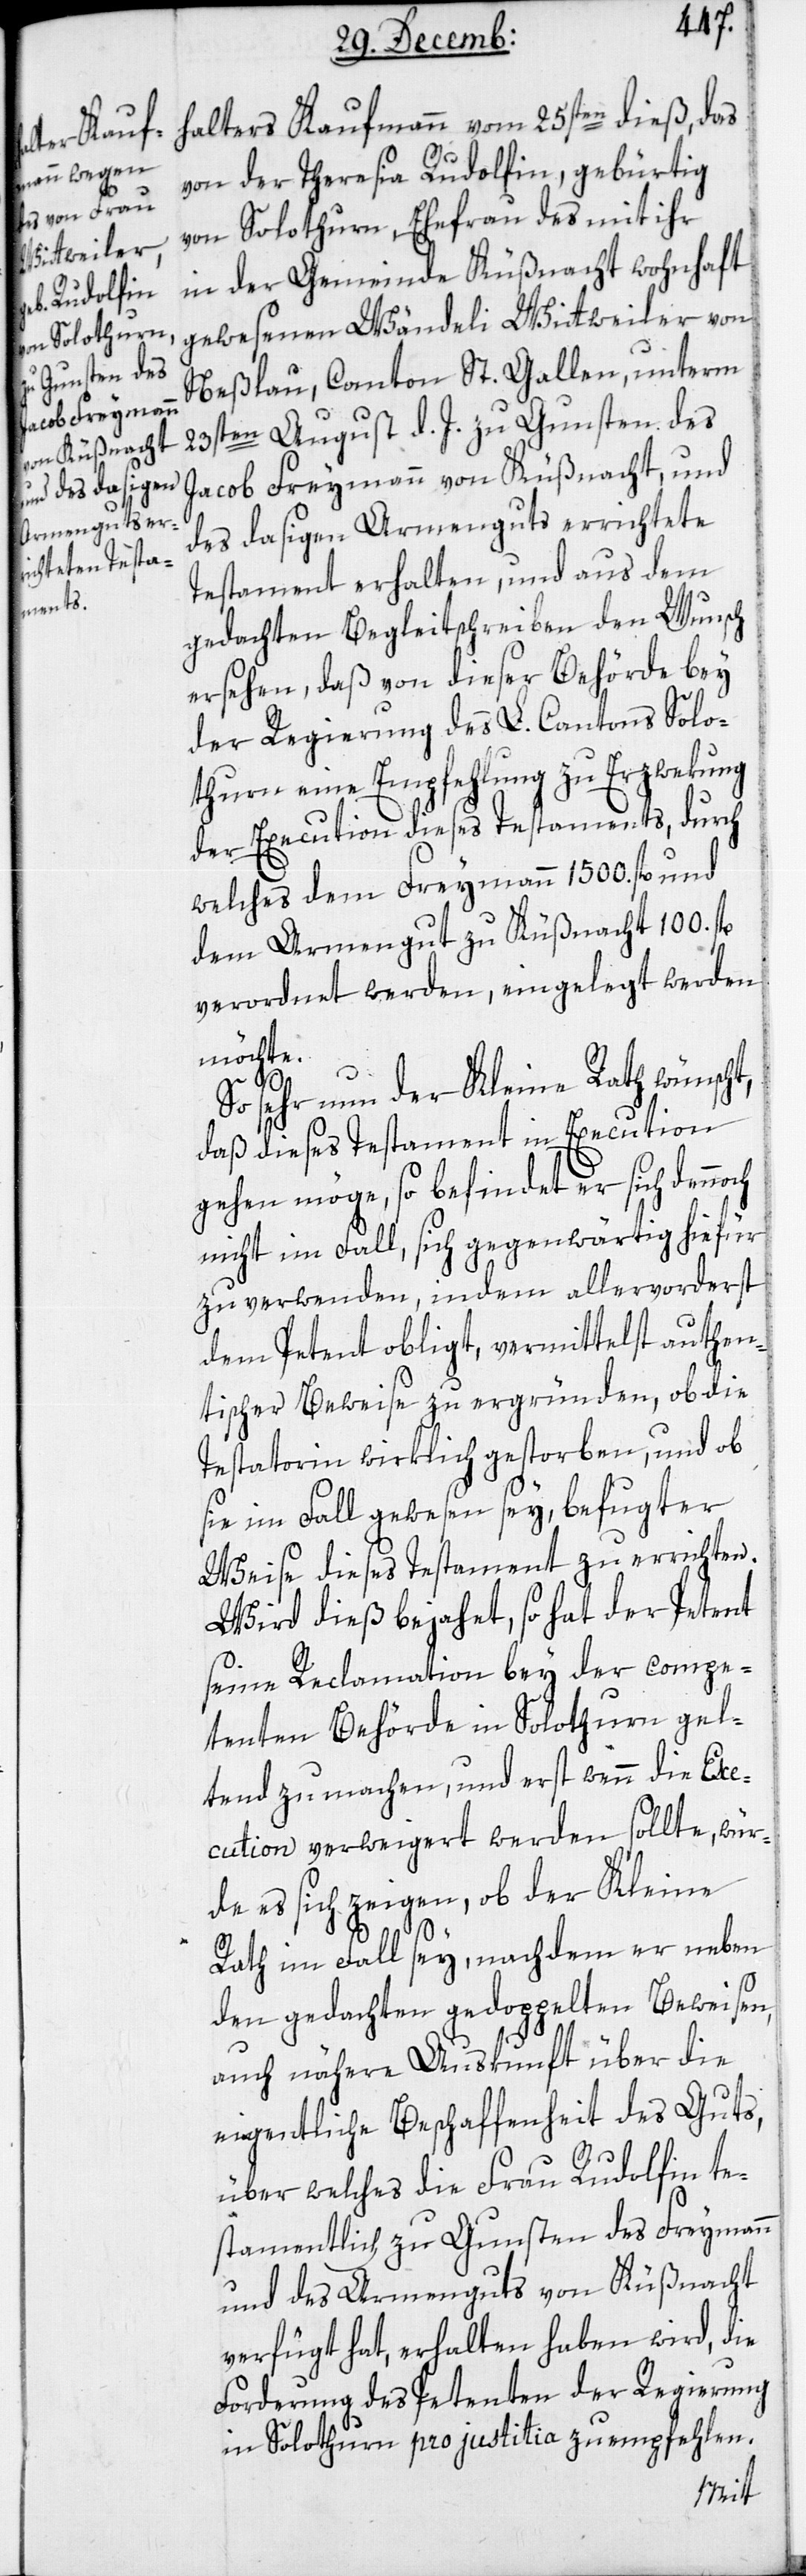
von der Theresia Rudolfin, gebürtig
von Solothurn, Ehefrau des mit ihr
in der Gemeinde Küßnacht wohnhaft
gewesenen Wändeli Wittweiler von
Neßlau, Canton St. Gallen, unterm
23sten August d. J. zu Gunsten des
Jacob Freymann von Küßnacht, und
des dasigen Armenguts errichtete
Testament erhalten, und aus dem
gedachten Begleitschreiben den Wunsch
ersehen, daß von dieser Behörde bey
der Regierung des L. Cantons Solo¬
thurn eine Empfehlung zu Erwekung
der Execution dieses Testaments, durch
welches dem Freymann 1500. fl. und
dem Armengut zu Küßnacht 100. fl.
verordnet werden, eingelegt werden
möchte.
So sehr nun der Kleine Rath wünscht,
daß dieses Testament in Execution
gehen möge, so befindet er sich denno¬
nicht im Fall, sich gegenwärtig hiefür
zu verwenden, indem allervorderst
dem Petent obliegt, vermittelst authen¬
tischer Beweise zu ergründen, ob die
Testatorin wirklich gestorben, und ob
sie im Fall gewesenen sey, befugter
Weise dieses Testament zu errichten.
Wird dieß bejahet, so hat der Petent
seine Reclamation bey der compe¬
tenten Behörden in Solothurn gel¬
tend zu machen, und erst wenn die Exe¬
cution verweigert werden sollte, wür¬
de es sich zeigen, ob der Kleine
ch
Rath im Fall sey, nachdem er neben
den gedachten gedoppelten Beweisen,
auch nähere Auskunft über die
eigentliche Beschaffenheit des Guts,
über welches die Frau Rudolfin te¬
stamentlich zu Gunsten des Freymann
und des Armenguts von Küßnacht
verfügt hat, erhalten haben wird, die
Forderung des Petenten der Regierung
in Solothurn pro justitia zu empfehlen.